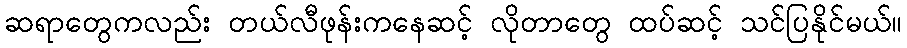
ဆရာတွေကလည်း တယ်လီဖုန်းကနေဆင့် လိုတာတွေ ထပ်ဆင့် သင်ပြနိုင်မယ်။